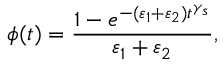
\phi ( t ) = \frac { 1 - e ^ { - ( \varepsilon _ { 1 } + \varepsilon _ { 2 } ) t ^ { \gamma _ { s } } } } { \varepsilon _ { 1 } + \varepsilon _ { 2 } } ,